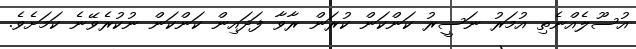
އުސޫލެއްނެތި އުމަރު ނަސީރު ކަންކަން ކުރަން ރާވާ ފަދައިން ކަންކަން ނުކުރެވޭނެ ކަމަށެވެ.